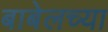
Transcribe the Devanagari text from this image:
बाबेलच्या